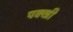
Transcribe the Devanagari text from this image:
पक्खी